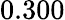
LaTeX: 0.300